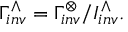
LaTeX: \Gamma _ { i n v } ^ { \wedge } = \Gamma _ { i n v } ^ { \otimes } / I _ { i n v } ^ { \wedge } .